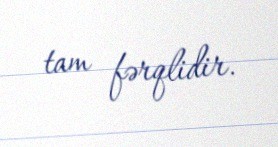
tam fərqlidir.